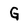
Character: G